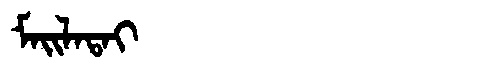
Manchu: ᠮᠠᡳᠯᠠᡨᠠᡳ
Romanization: MAILATAI